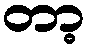
တာ့